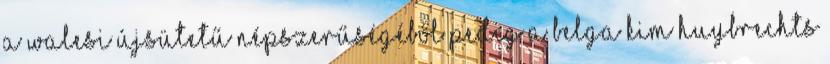
a walesi újsütetű népszerűségéből pedig a belga Kim Huybrechts